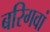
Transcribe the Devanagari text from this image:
बरिगवां